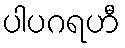
ပါပဂရဟီ